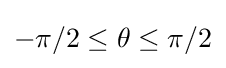
{\textstyle -\pi /2\leq \theta \leq \pi /2}